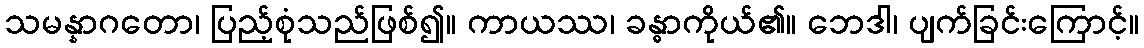
သမန္နာဂတော၊ ပြည့်စုံသည်ဖြစ်၍။ ကာယဿ၊ ခန္ဓာကိုယ်၏။ ဘေဒါ၊ ပျက်ခြင်းကြောင့်။